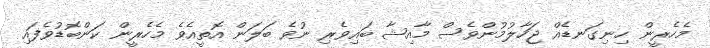
މެހެރީން ހިނިގަނޑެއް ޖަހާލުމުންވެސް މާއިޝާ ބައިވެރި ނުވެ ބަލަން އޮތީއެވެ މެހެރީން ކަންބޮޑުވެފައި